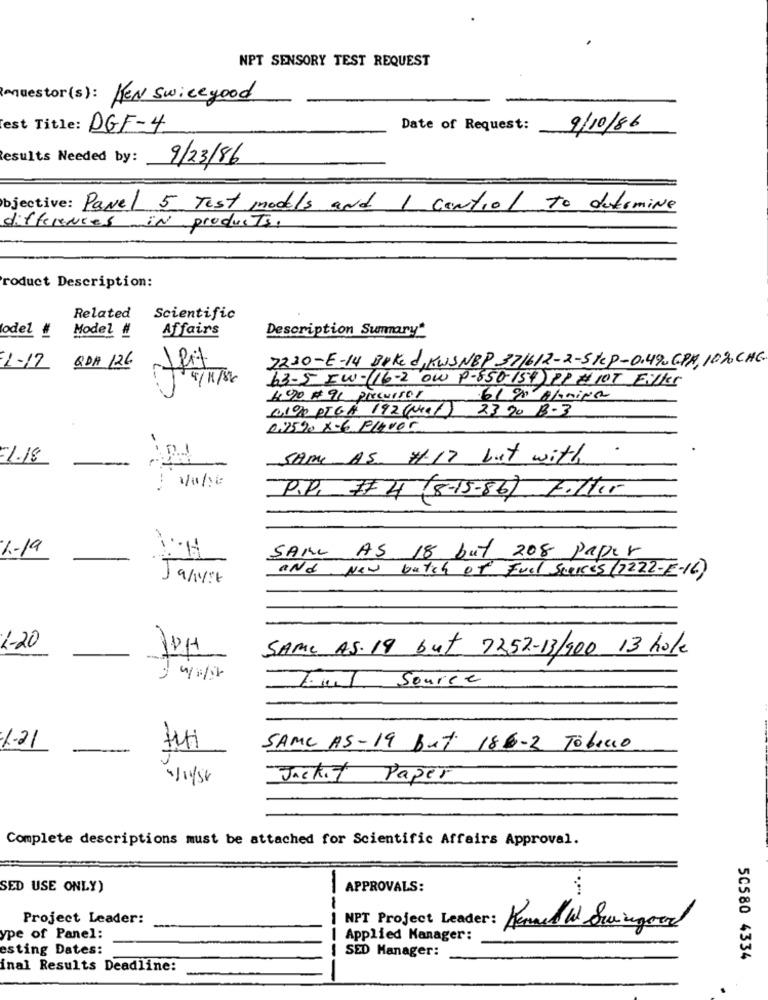
NPT SENSORY TEST REQUEST
muestor(s): KEN Swice good
est Title: DGF-4
Date of Request:
9/10/86
esults Needed by:
9/23/86
objective: Pavel 5 Test models and I control To determine
differences in products,
roduct Description:
Related
Scientific
Model #
Affairs
Description Summary*
odel #
7230-E-14 Baked KWSNBP 371612-2-5KP-0.490GPA,10%CHG.
1-12 QDA 126
63-5 IW-(16-2 Ow P-850-154 PP # 107 Filler
4.90 # 91 Precursor
61 % Almina
0,100 PTGA 192 (Noe1) 23 90 18-3
0759 X-6 Player
--
1.18
SAME AS #17 but with
-
.. .
.--
P.P. #4 (8-15-86) Filter
%-19
SAM AS 18 but 208 paper
J
9 / 1/ 4
and New batch of Fuel Scarces (7222-E-16)
1-20
SAME AS. 19 but 7252-13/900 13 hole
Jul Source
1-21
SAME AS-19 But 186-2 Tobacco
Jacket Paper
Complete descriptions must be attached for Scientific Affairs Approval.
SED USE ONLY)
APPROVALS:
.....
Project Leader:
NPT Project Leader:
ype of Panel:
Applied Manager:
esting Dates:
SED Manager:
50580 4334
inal Results Deadline: